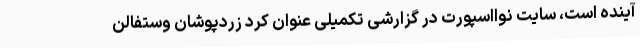
آینده است، سایت نوااسپورت در گزارشی تکمیلی عنوان کرد زردپوشان وستفالن